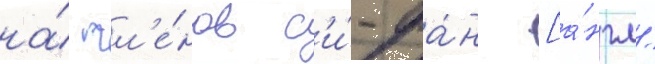
на́ чл'е́нов с'и́-фа́н [а́нгл.